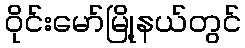
ဝိုင်းမော်မြို့နယ်တွင်